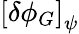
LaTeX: \left[\delta\phi_{G}\right]_{\psi}